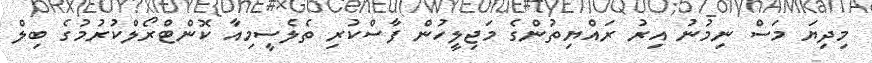
މިދިޔަ މަސް ނިމުނު އިރު ރައްޔިތުންގެ މަޖިލީހުން ފާސްކުރި ތެލެސީމިއާ ކޮންޓްރޯލްކުރުމުގެ ބިލް